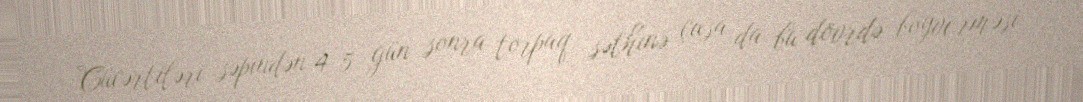
Cücərtiləri səpindən 4-5 gün sonra torpaq səthinə çıxsa da bu dövrdə boyverməsi